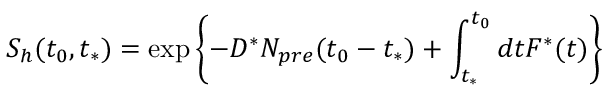
S _ { h } ( t _ { 0 } , t _ { * } ) = \exp \left\{ - D ^ { * } N _ { p r e } ( t _ { 0 } - t _ { * } ) + \int _ { t _ { * } } ^ { t _ { 0 } } d t F ^ { * } ( t ) \right\}